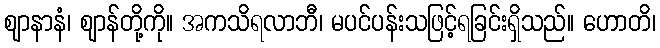
ဈာနာနံ၊ ဈာန်တို့ကို။ အကသိရလာဘီ၊ မပင်ပန်းသဖြင့်ရခြင်းရှိသည်။ ဟောတိ၊